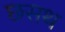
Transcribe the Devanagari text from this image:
छसथ